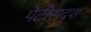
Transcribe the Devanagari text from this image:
पेटीसदृश